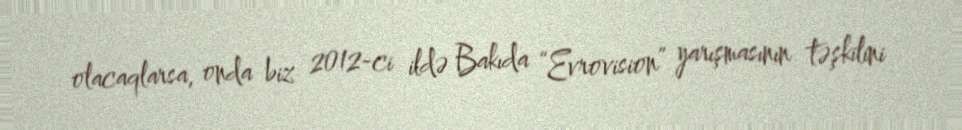
olacaqlarsa, onda biz 2012-ci ildə Bakıda “Evrovision” yarışmasının təşkilini